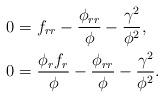
LaTeX: \begin{align*} 0 =&\ f_{rr} - \frac{\phi_{rr}}{\phi} - \frac{\gamma^2}{\phi^2},\\0 =&\ \frac{\phi_r f_r}{\phi} - \frac{\phi_{rr}}{\phi} - \frac{\gamma^2}{\phi^2}.\end{align*}